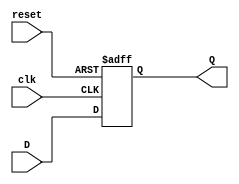
module FlipFlopRegister #(parameter WIDTH = 8) (
    input wire clk,          // Clock input
    input wire reset,        // Asynchronous reset
    input wire [WIDTH-1:0] D, // Data input
    output reg [WIDTH-1:0] Q  // Data output
);

// Always block for synchronous operation
always @(posedge clk or posedge reset) begin
    if (reset) begin
        Q <= {WIDTH{1'b0}};  // Reset all bits to 0
    end else begin
        Q <= D;              // Capture data on clock edge
    end
end

endmodule